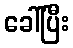
ခေါ်ပြီး